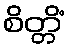
စိတ္တိံ